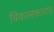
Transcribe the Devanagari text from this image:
विकासकामांत